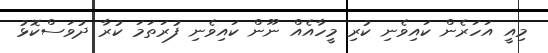
މިއީ އަަހަރެން ކައިވެނި ކުރި މީހާއެއް ނޫން ކައިވެނި ފުރަތަމަ ކުރާ ދުވަސްކޮޅު